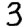
Digit: 3